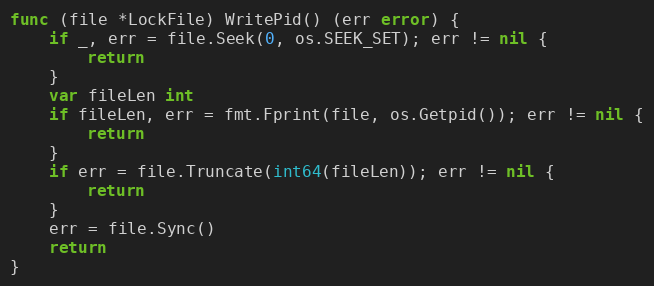
Language: Go
func (file *LockFile) WritePid() (err error) {
	if _, err = file.Seek(0, os.SEEK_SET); err != nil {
		return
	}
	var fileLen int
	if fileLen, err = fmt.Fprint(file, os.Getpid()); err != nil {
		return
	}
	if err = file.Truncate(int64(fileLen)); err != nil {
		return
	}
	err = file.Sync()
	return
}